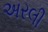
અરલી